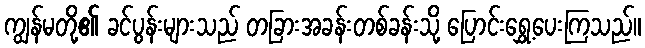
ကျွန်မတို့၏ ခင်ပွန်းများသည် တခြားအခန်းတစ်ခန်းသို့ ပြောင်းရွှေ့ပေးကြသည်။